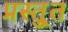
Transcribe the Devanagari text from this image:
प्रस्तु्त